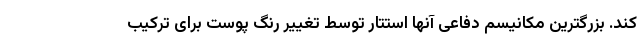
کند. بزرگترین مکانیسم دفاعی آنها استتار توسط تغییر رنگ پوست برای ترکیب